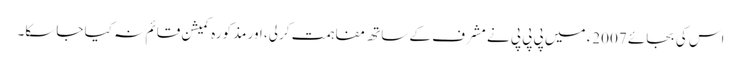
اس کی بجائے 2007ء میں پی پی پی نے مشرف کے ساتھ مفاہمت کرلی، اور مذکورہ کمیشن قائم نہ کیا جاسکا۔